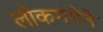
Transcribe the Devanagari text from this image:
लोकगंगेने